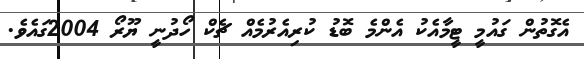
އެގޮތުން ގައުމީ ޓީމާއެކު އެންމެ ބޮޑު ކުރިއެރުމެއް ޗެކް ހޯދުނީ ޔޫރޯ 2004ގައެވެ.